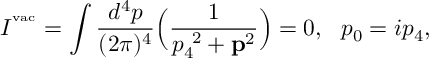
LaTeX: I ^ { { } ^ { \mathrm { v a c } } } = \int \frac { d ^ { 4 } p } { ( 2 \pi ) ^ { 4 } } \Big ( \frac { 1 } { p _ { 4 } ^ { \ 2 } + { \bf p } ^ { 2 } } \Big ) = 0 , \ \ p _ { 0 } = i p _ { 4 } ,